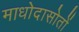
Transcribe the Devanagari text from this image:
माधोदासोतों